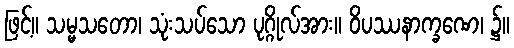
ဖြင့်။ သမ္မသတော၊ သုံးသပ်သော ပုဂ္ဂိုလ်အား။ ဝိပဿနာက္ခဏေ၊ ၌။